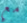
مع